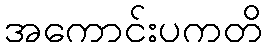
အကောင်းပကတိ